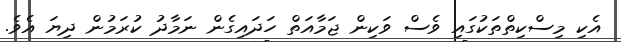
އެކި މިސްކިތްތަކުގައި ވެސް ވަކިން ޖަމާއަތް ހަދައިގެން ނަމާދު ކުރަމުން ދިޔަ އެވެ.